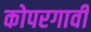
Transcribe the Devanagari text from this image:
कोपरगावी